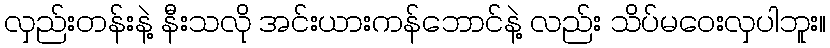
လှည်းတန်းနဲ့ နီးသလို အင်းယားကန်ဘောင်နဲ့ လည်း သိပ်မဝေးလှပါဘူး။